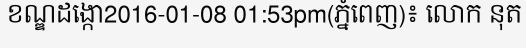
ខណ្ឌដង្កោ2016-01-08 01:53pm(ភ្នំពេញ)៖ លោក នុត